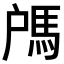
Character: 𩢉